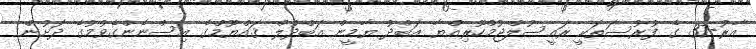
އާރު-37 ގެ ފުރުސަތަކީ ރައީސުލްޖުމްހޫރިއްޔާ އަބްދު ޔާމީން އަބްދުލް ޤައްޔޫމްގެ އިސްނެންގެވުމުގެ ދަށުން